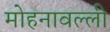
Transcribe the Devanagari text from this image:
मोहनावल्ली